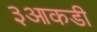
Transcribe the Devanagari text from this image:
३आकडी